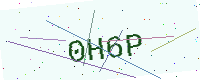
Text: 0H6P